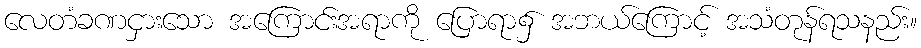
လေတံခဏငှားသော အကြောင်းအရာကို ပြောရာ၌ အဘယ်ကြောင့် အသံတုန်ရသနည်း။